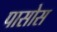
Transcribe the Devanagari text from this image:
पासोस